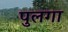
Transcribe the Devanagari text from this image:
पुलगा